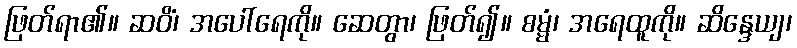
ဖြတ်ရာ၏။ ဆဝိံ၊ အပေါ်ရေကို။ ဆေတွာ၊ ဖြတ်၍။ စမ္မံ၊ အရေထူကို။ ဆိန္ဒေယျ၊